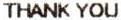
THANK YOU